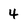
Character: 4